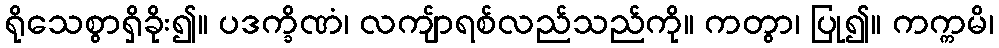
ရိုသေစွာရှိခိုး၍။ ပဒက္ခိဏံ၊ လကျ်ာရစ်လည်သည်ကို။ ကတွာ၊ ပြု၍။ ကက္ကမိ၊